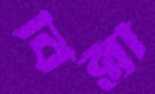
বিন্তী